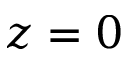
z = 0